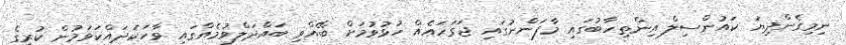
ނިމިގެންދިޔަ ކައުންސިލް އިންތިހާބުގައި މާފަންނުގައި ޖަގަހައެއް ހުޅުވުމަށް ބޭއްވި ބައްދަލްވުމެއްގައި ވާހަަކަދައްކަވަމުން ކުރީގެ